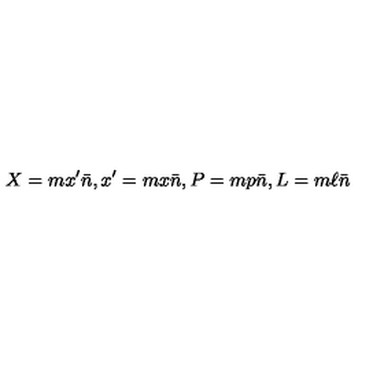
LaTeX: X = m x ^ { \prime } \bar { n } , x ^ { \prime } = m x \bar { n } , P = m p \bar { n } , L = m \ell \bar { n }